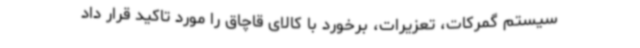
سیستم گمرکات، تعزیرات، برخورد با کالای قاچاق را مورد تاکید قرار داد